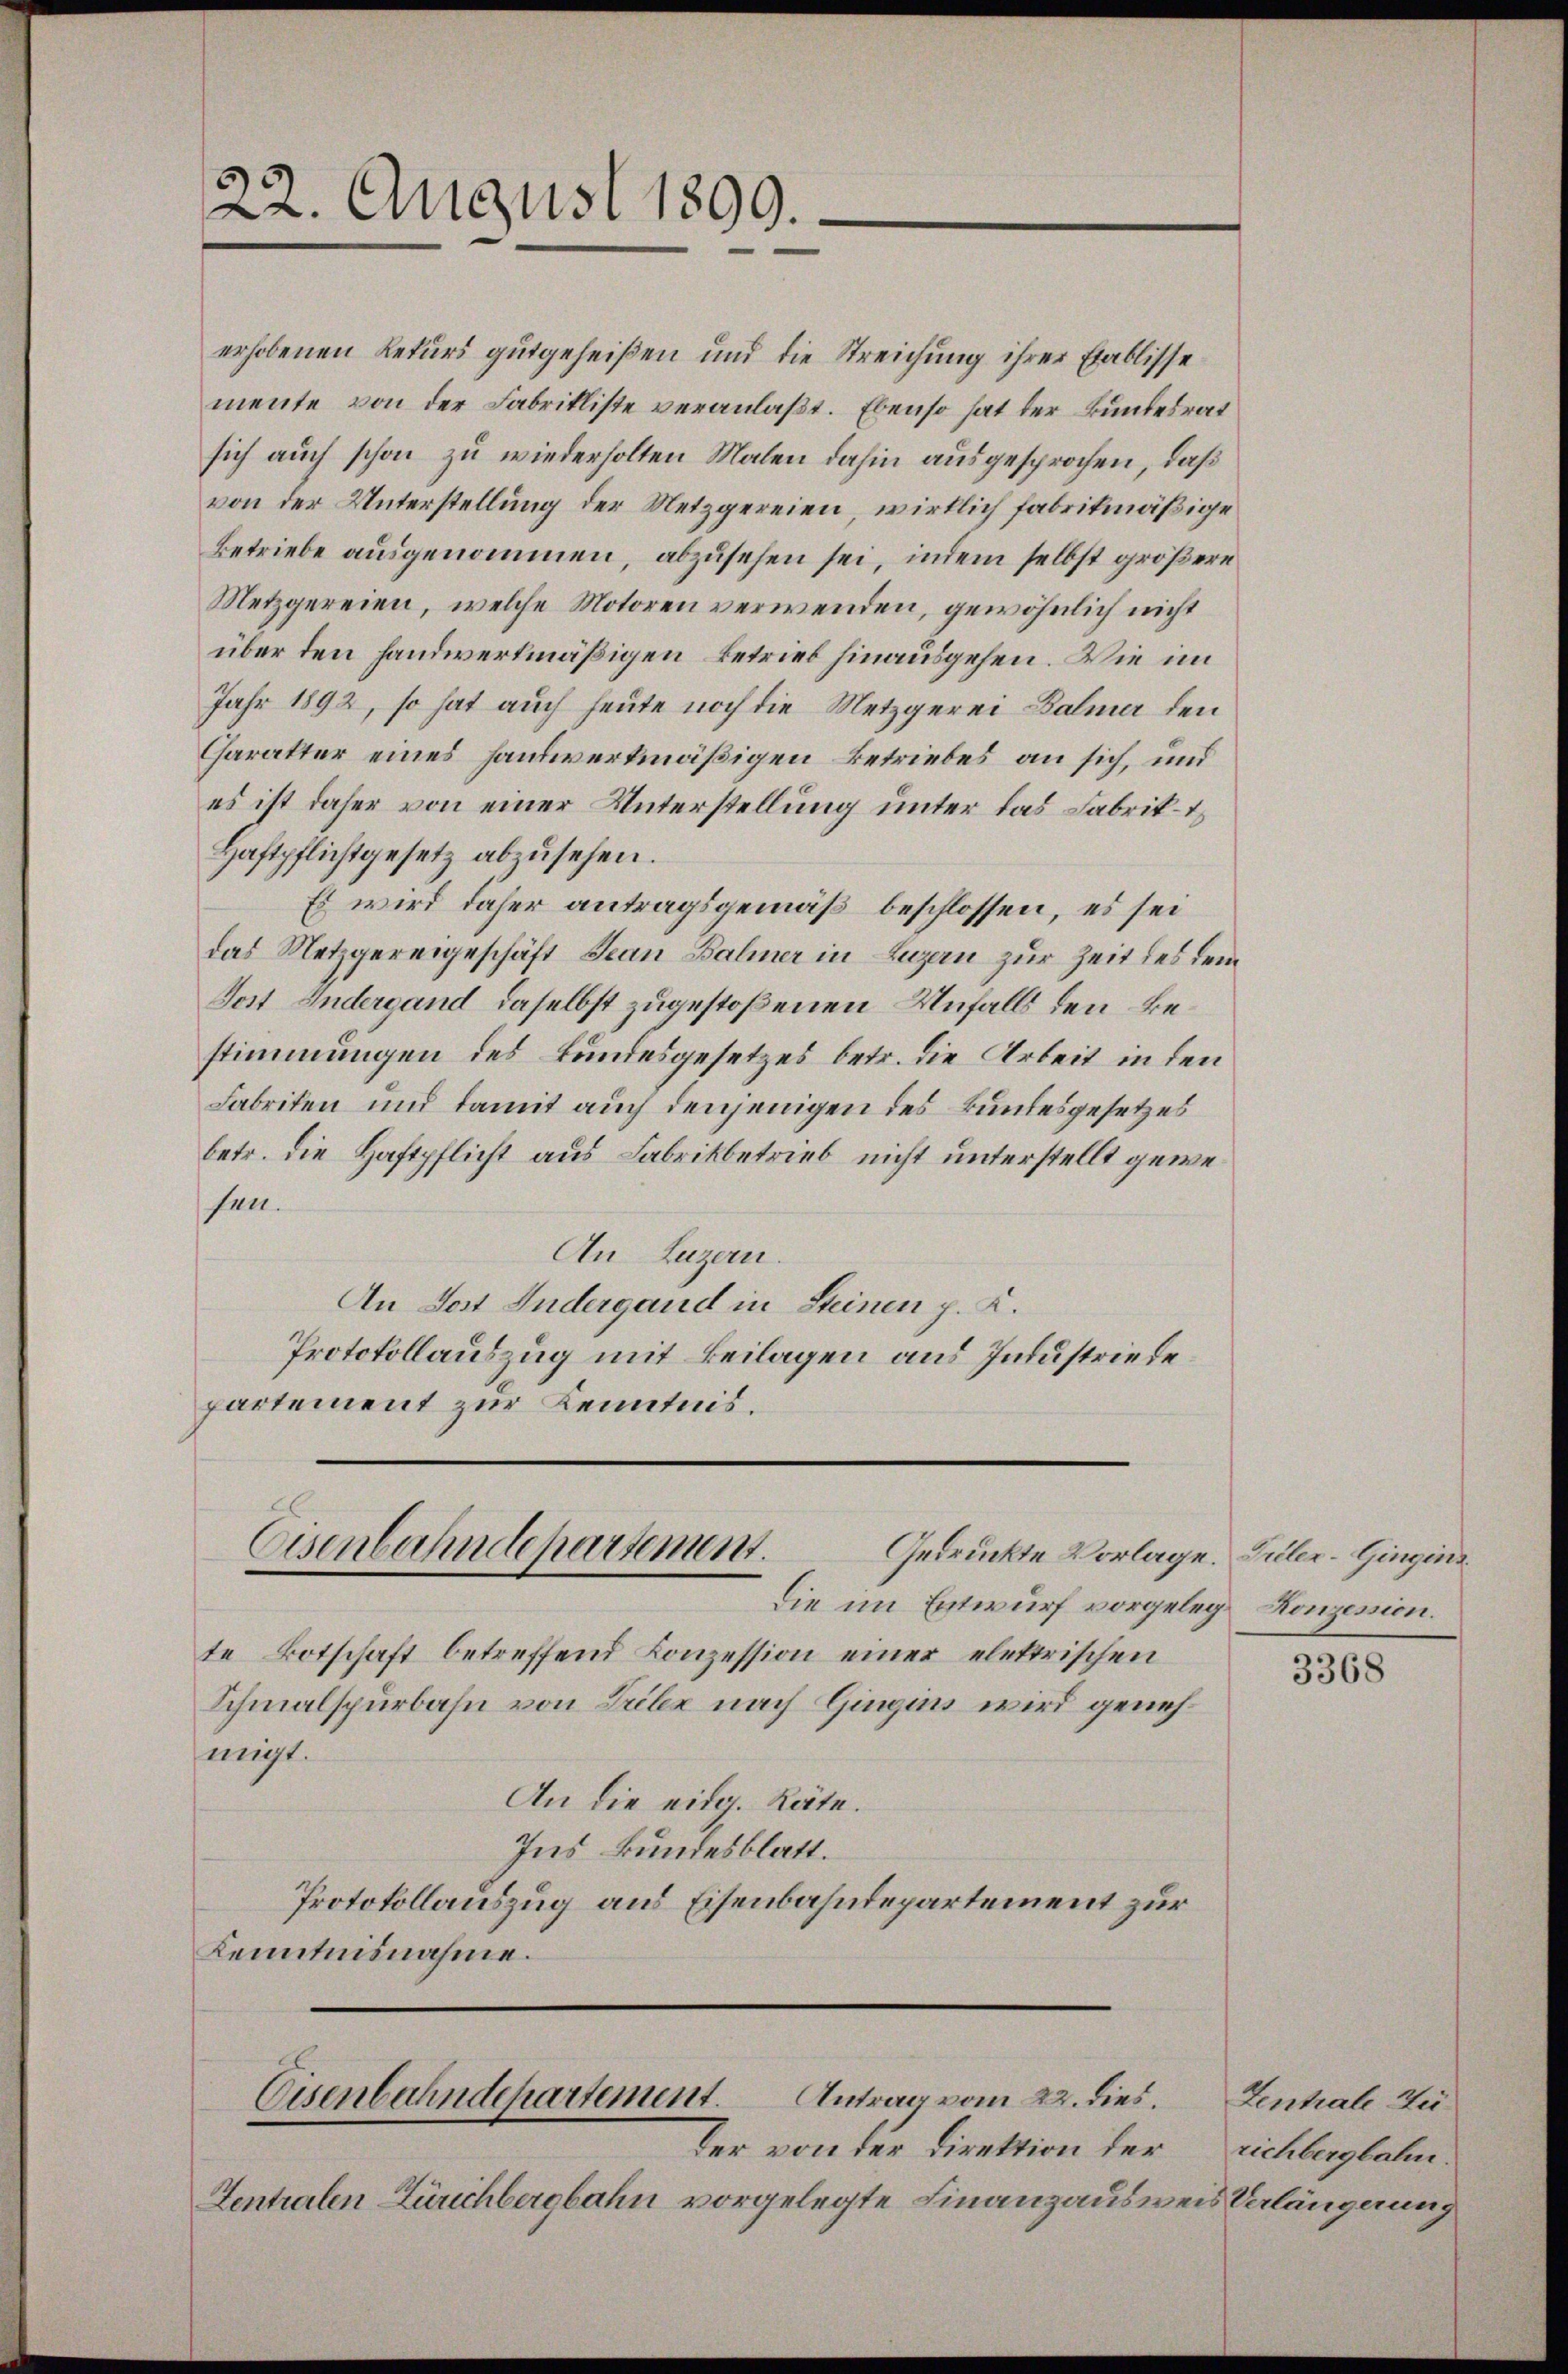
22. August 1899.

erhobenen Rekurs gutgeheißen und die Streichung ihrer Etablisse
mente von der Fabrikliste veranlaβt. Ebenso hat der Bundesrat
sich auch schon zu wiederholten Malen dahin ausgesprochen, daß
von der Unterstellung der Metzgereien, wirklich fabrikmäßige
Betriebe ausgenommen, abzusehen sei, indem selbst größere
Metzgereien, welche Motoren verwenden, gewöhnlich nicht
über den handwertmäßigen Betrieb hinausgehen. Wie im
Jahr 1892, so hat auch heute noch die Metzgerei Balmer den
Charakter eines Handwerkmäßigen Betriebes an sich, und
es ist daher von einer Unterstellung unter das Fabrik-t
Haftpflichtgesetz abzusehen.
Es wird daher antragsgemäß beschlossen, es sei
das Metzgereigeschäft Jean Balmer in Luzern zur Zeit des dem
Jost Andergand daselbst zugestoßenen Unfalls den Bestimmungen des Bundesgesetzes betr. die Arbeit in den
Fabriken und damit auch denjenigen des Bundesgesetzes
betr. die Haftpflicht aus Fabrikbetrieb nicht unterstellt gewehen.
An Luzern.
An Jost Indergand in Steinen p. K.
Protokollauszug mit Beilagen aus Industriedepartement zur Kenntnis.
Eisenbahndepartement.
Gedrückte Vorlage. Teiler-Gingins¬
Die im Entwurf vorgelege Konzesion.
te Botschaft betreffend Konzession einer elektrischen
Schmalspurbahn von Drilz nach Gingins wird genehmigt.
An die eidg. Räte.
Ins Bundesblatt.
Protokollauszug aus Eisenbahndepartement zur
Kenntnisnahme.

Der von der Direktion der
Sentralen Zürichbergbahn vorgelegte Finanzausweis Verlängerung

Antrag vom 22. dies.
Eisenbahndchartement.

3368

Zentrale Zurichbergbahn